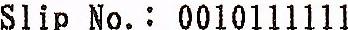
SLIP NO.: 0010111111